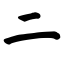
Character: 二